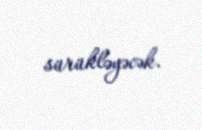
sürükləyəcək.